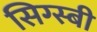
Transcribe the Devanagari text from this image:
सिग्स्बी